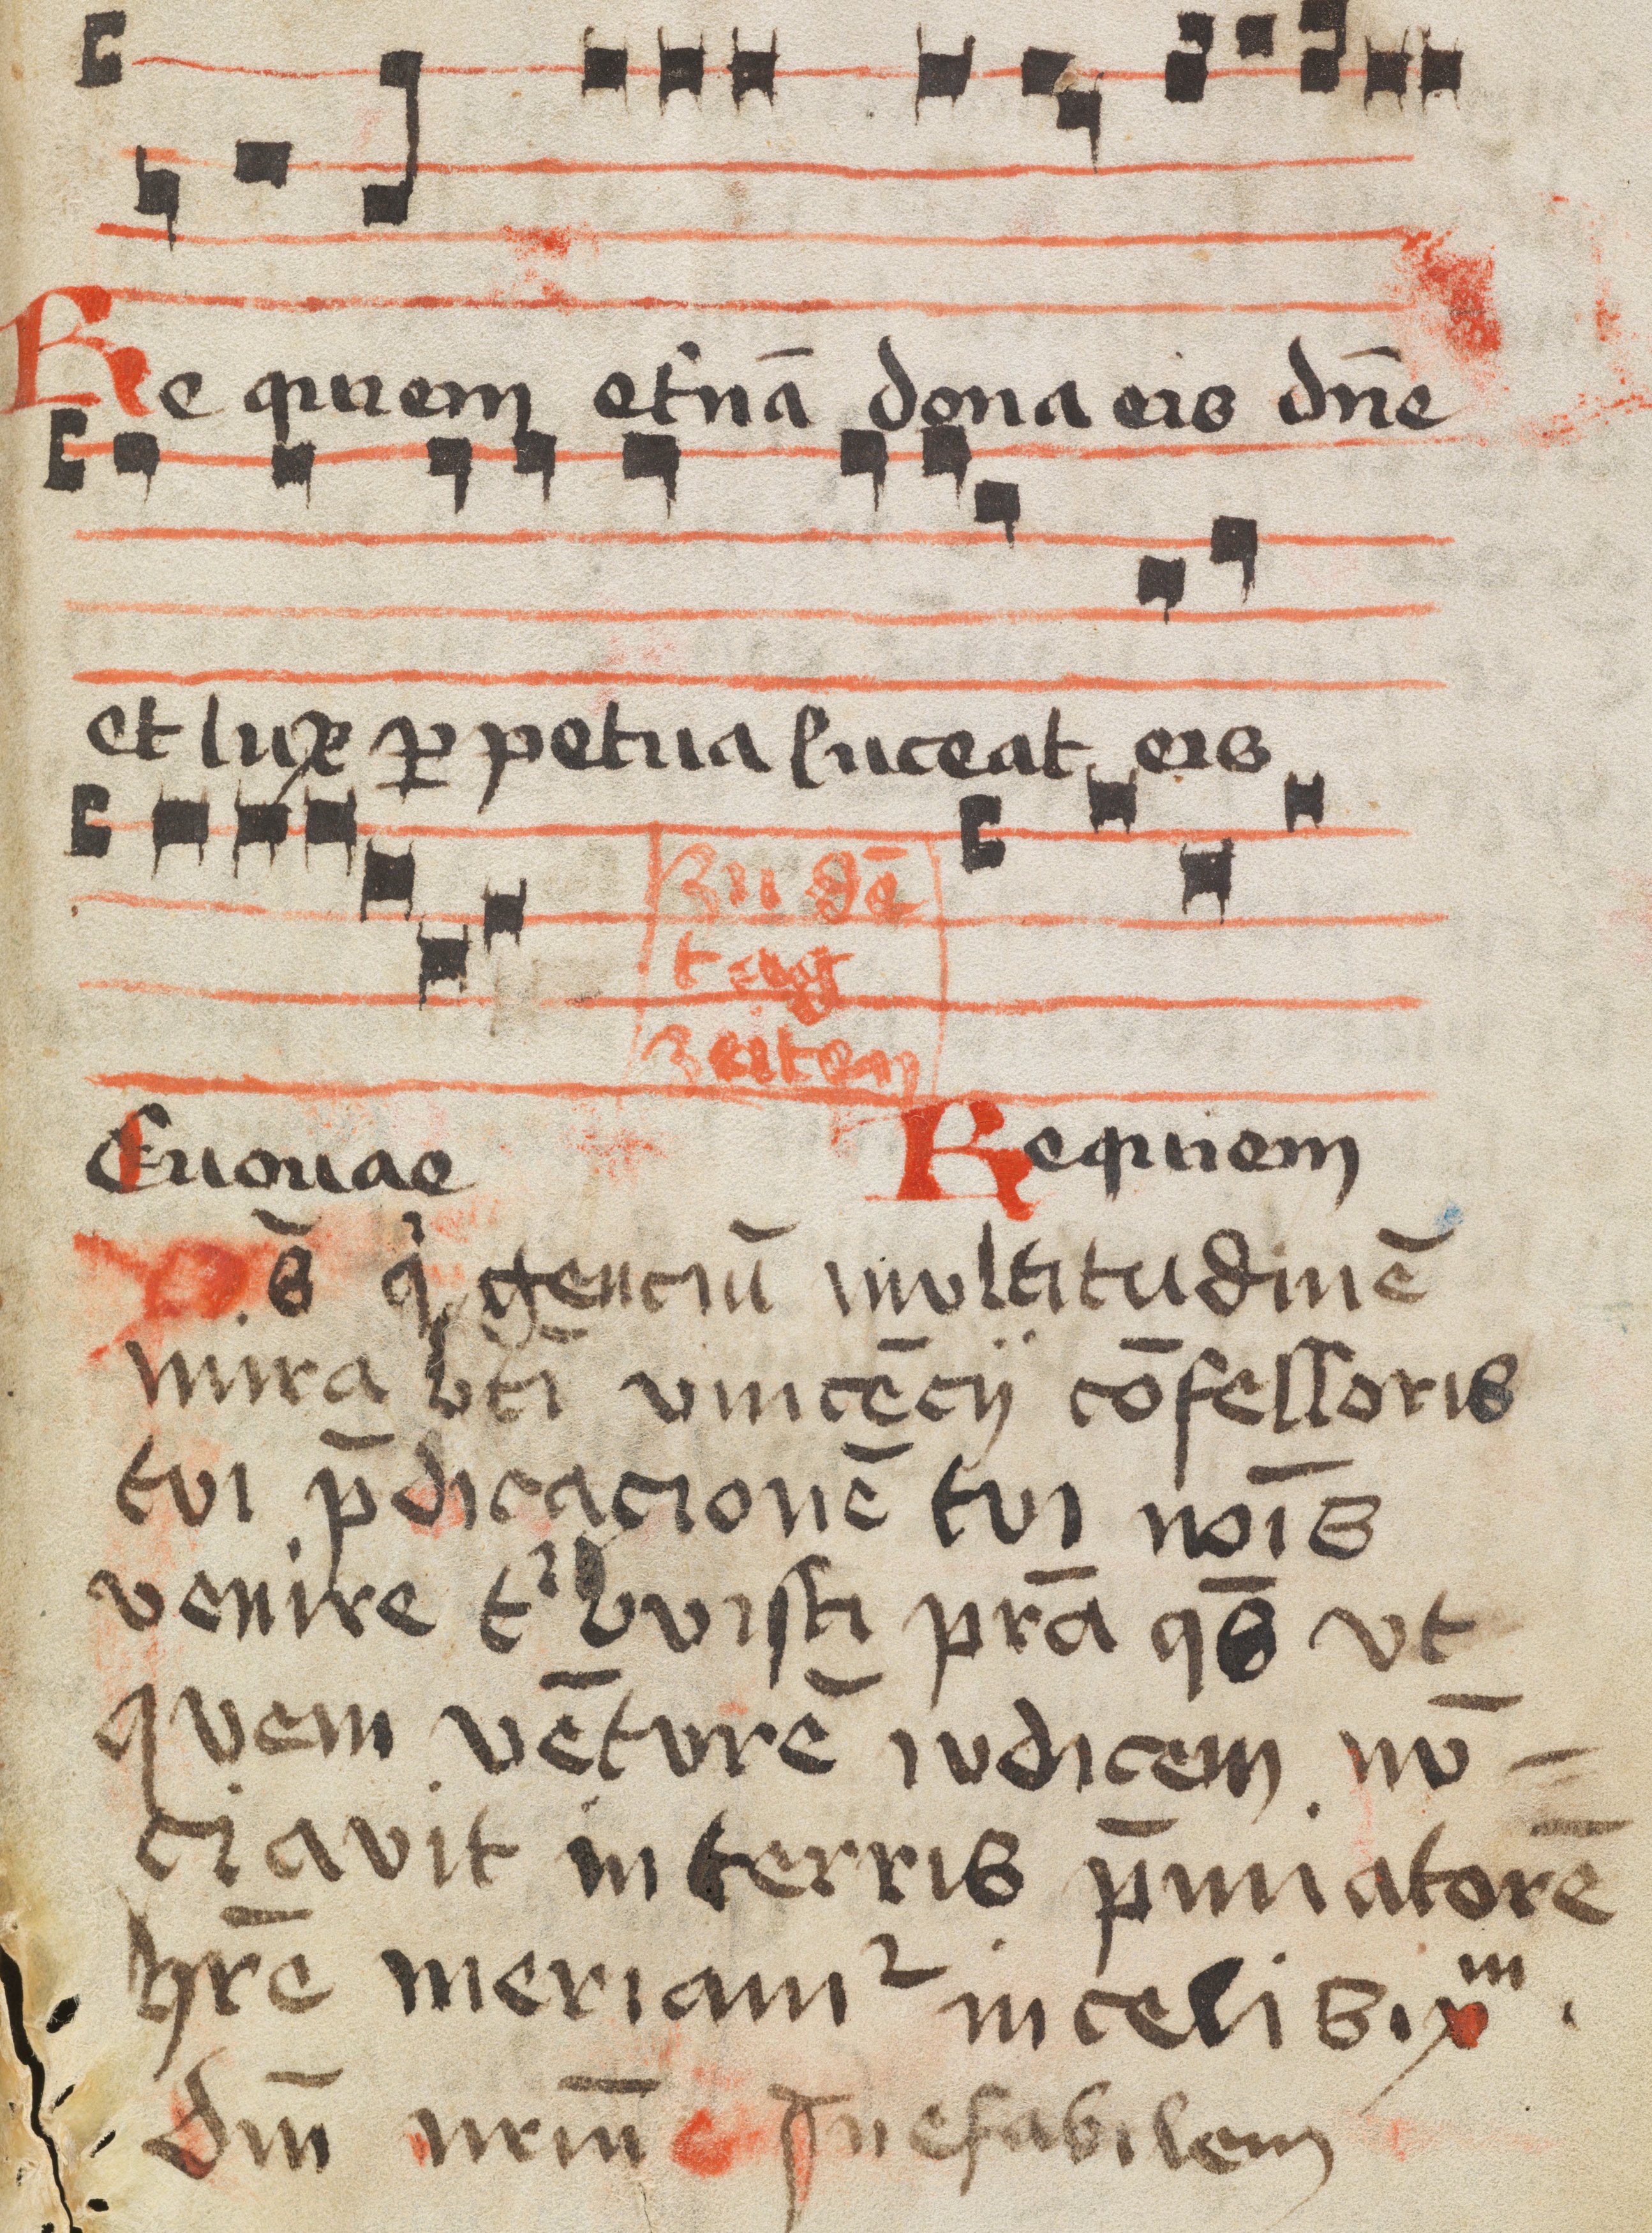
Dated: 1400–1449